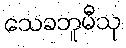
သေခဘူမီသု